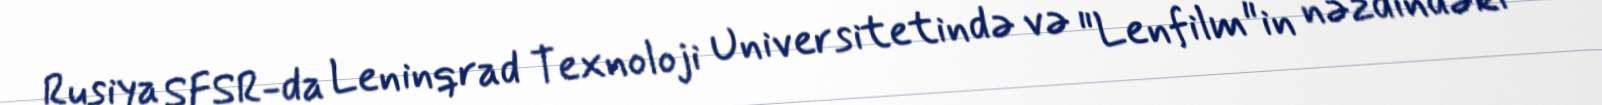
Rusiya SFSR-da Leninqrad Texnoloji Universitetində və "Lenfilm"in nəzdindəki